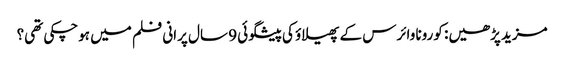
مزید پڑھیں: کورونا وائرس کے پھیلاؤ کی پیشگوئی 9 سال پرانی فلم میں ہوچکی تھی؟